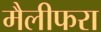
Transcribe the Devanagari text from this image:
मैलीफरा